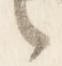
言